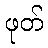
ဖုတ်